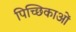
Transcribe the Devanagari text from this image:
पिच्छिकाओं